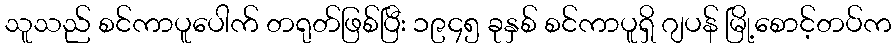
သူသည် စင်ကာပူပေါက် တရုတ်ဖြစ်ပြီး ၁၉၄၅ ခုနှစ် စင်ကာပူရှိ ဂျပန် မြို့စောင့်တပ်က